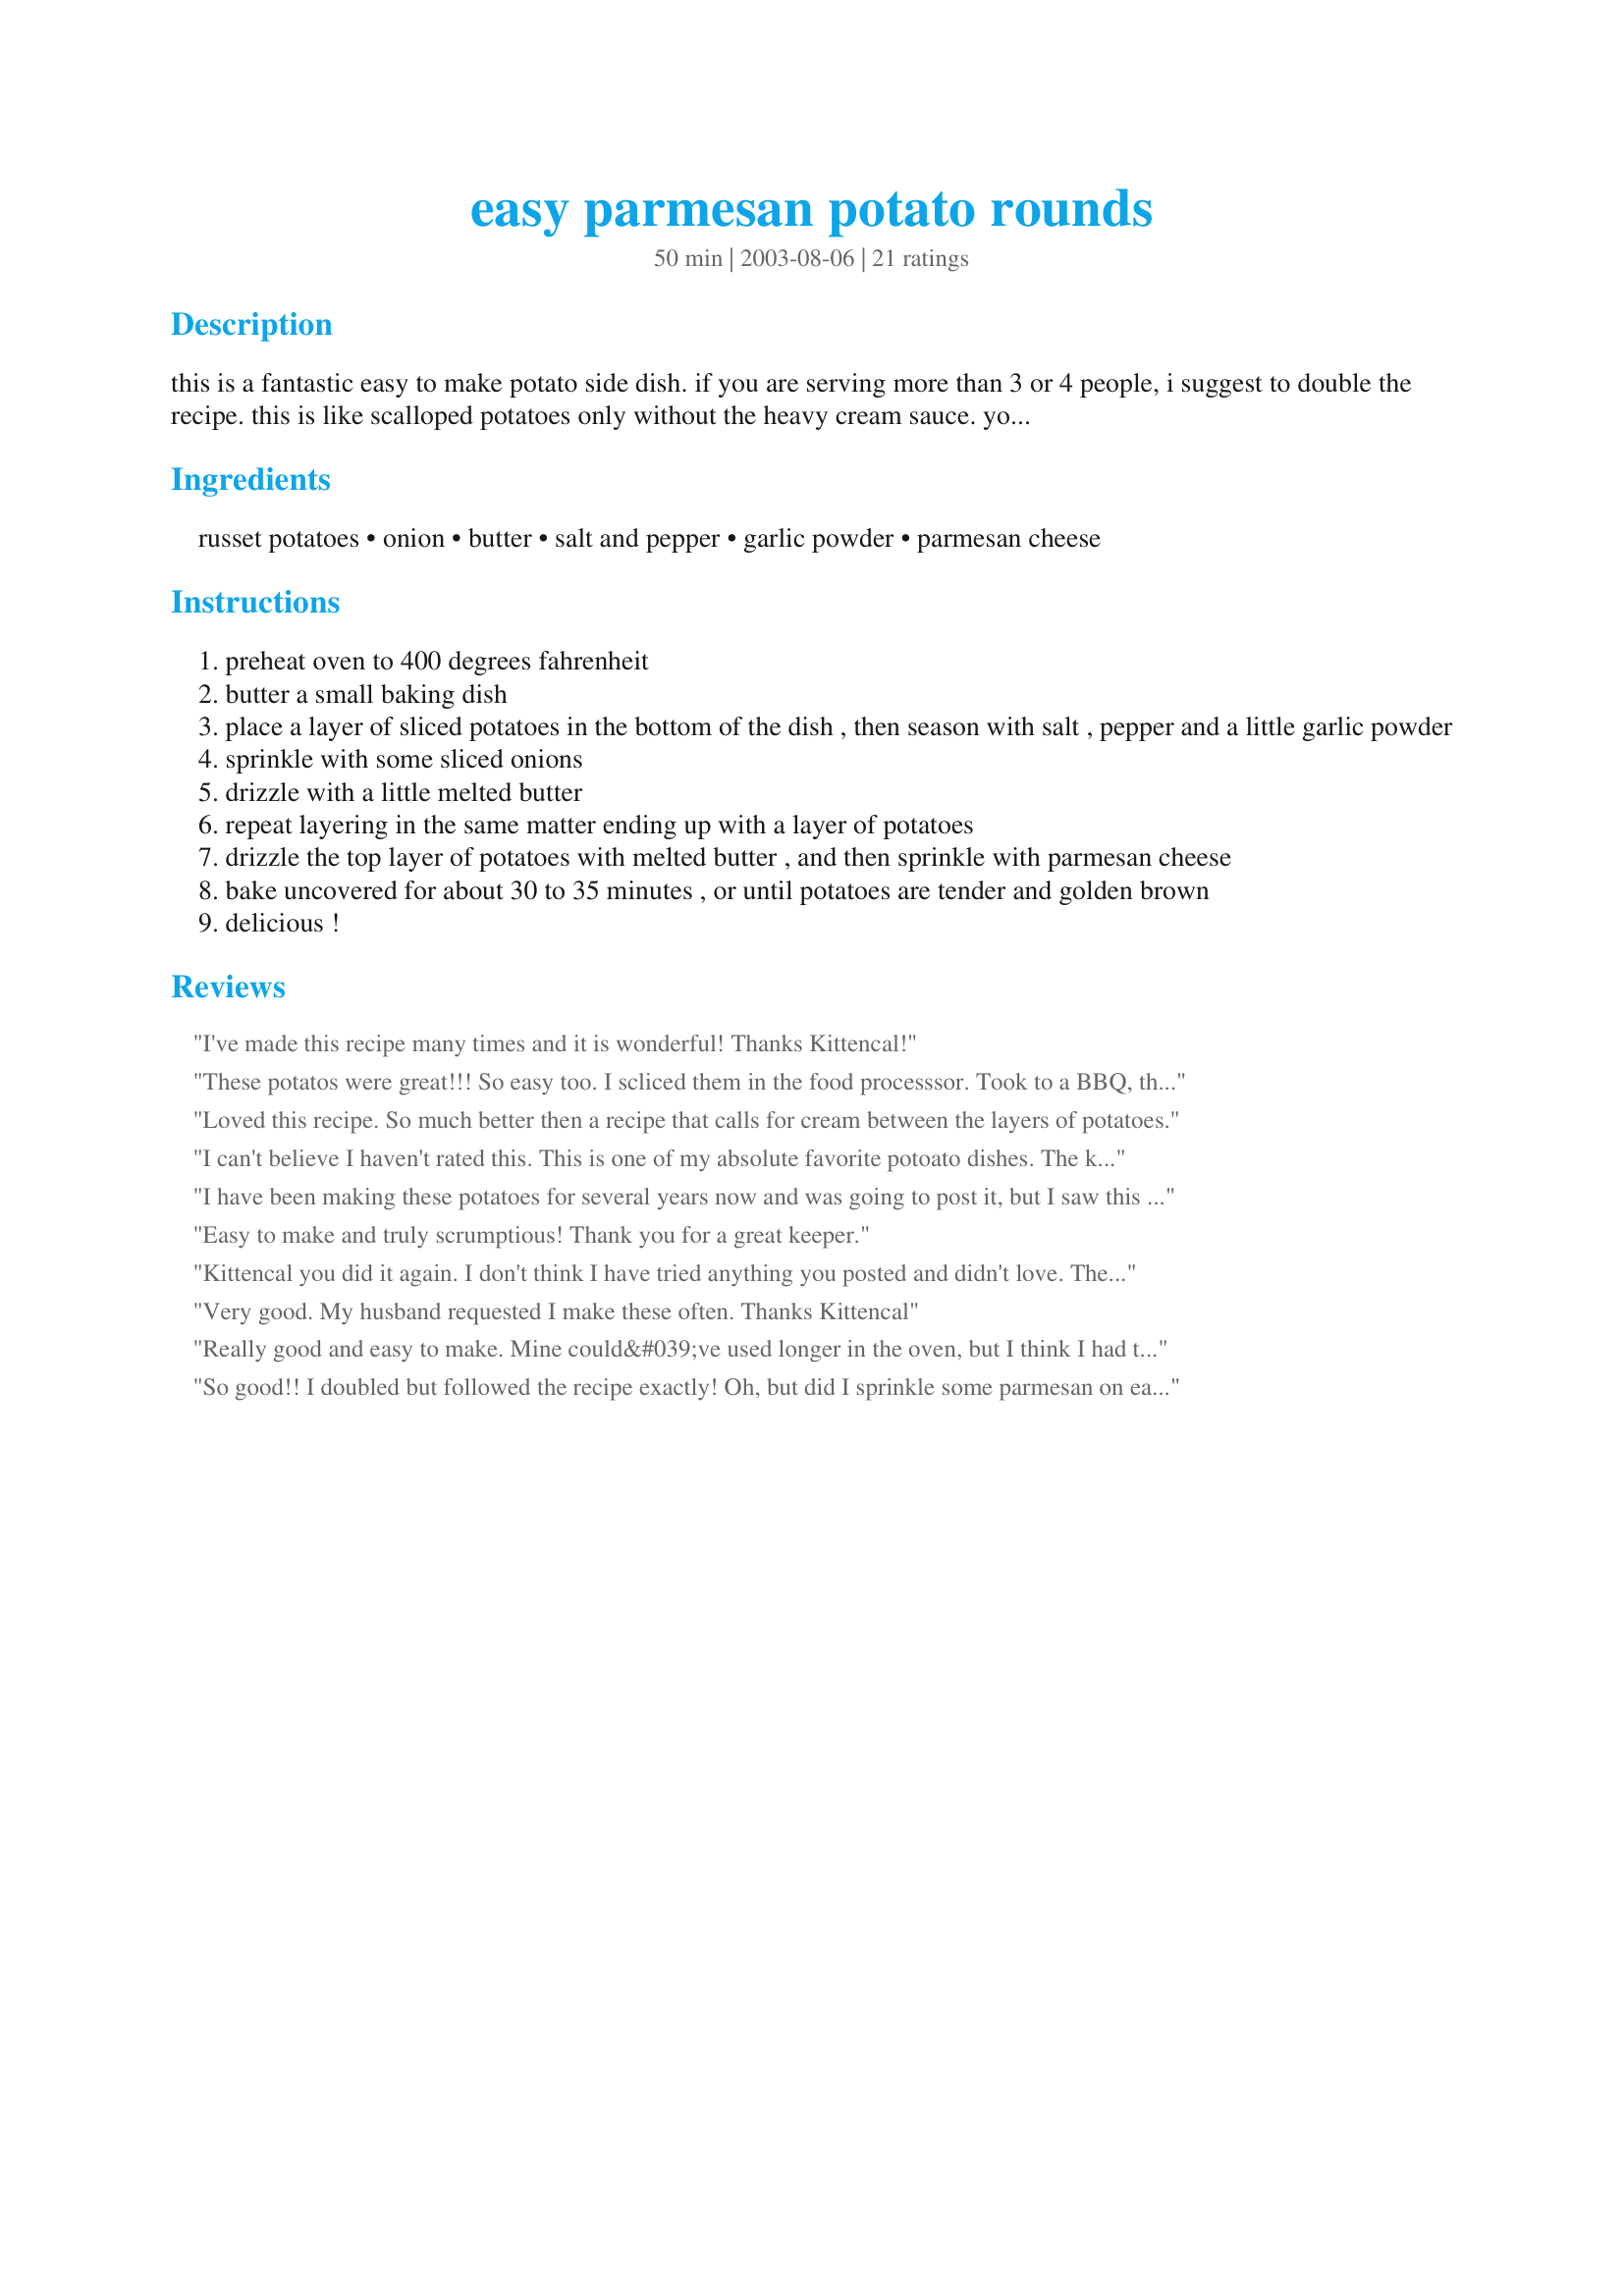
easy parmesan potato rounds
Preparation time: 50 minutes

this is a fantastic easy to make potato side dish. if you are serving more than 3 or 4 people, i suggest to double the recipe. this is like scalloped potatoes only without the heavy cream sauce. you can even sprinkle the cheese in between the layering if desired. you will be making this all the time, it is so good! i like the crispy potatoes on the top lol! please adjust all ingredients to taste.

Ingredients:
russet potatoes, onion, butter, salt and pepper, garlic powder, parmesan cheese

Steps:
preheat oven to 400 degrees fahrenheit
butter a small baking dish
place a layer of sliced potatoes in the bottom of the dish , then season with salt , pepper and a little garlic powder
sprinkle with some sliced onions
drizzle with a little melted butter
repeat layering in the same matter ending up with a layer of potatoes
drizzle the top layer of potatoes with melted butter , and then sprinkle with parmesan cheese
bake uncovered for about 30 to 35 minutes , or until potatoes are tender and golden brown
delicious !

Reviews:
I've made this recipe many times and it is wonderful! Thanks Kittencal!
These potatos were great!!! So easy too. I scliced them in the food processsor. Took to a BBQ, they were gone in no time at all. Thanks so much for posting.

Gibblet
Loved this recipe. So much better then a recipe that calls for cream between the layers of potatoes.
I can't believe I haven't rated this. This is one of my absolute favorite potoato dishes. The kids love it and it's very easy. I am adding it to my Valentines Menu.
I have been making these potatoes for several years now and was going to post it, but I saw this one by Kitten. The only thing I do differently is use Yukon Gold potatoes because those are my favorite. They are a favorite side dish in my house. Thanks for posting.
Easy to make and truly scrumptious! Thank you for a great keeper.
Kittencal you did it again. I don't think I have tried anything you posted and didn't love. These were perfect. My husband isn't much into scalloped potatoes so he really enjoyed these. Will make again and again. Thanks for posting.

ChefRaylene
Very good. My husband requested I make these often. Thanks Kittencal
Really good and easy to make. Mine could&#039;ve used longer in the oven, but I think I had them on the wrong shelf.
So good!! I doubled but followed the recipe exactly! Oh, but did I sprinkle some parmesan on each layer. There was nothing left, I mean nothing! So easy to make, not at all heavy and a welcomed addition to my potluck cookbook! Another fantastic recipe Kittencal, thank you!
My DH and I both enjoyed these potatoes! I halved the recipe and used seasoning salt. Great side dish! Thanks!
YUM!!! These were very tasty, but I don't think they are any better for you than scalloped potatoes considering al the butter. I too think I will layer the parmesan along with the rest, as it is very tasty! Thanks. This is definitely a keeper.
Very good potatoes! Mine took a little longer to cook but I cut them pretty thick...A nice side dish.
Nice potatoe dish! I made this and put into a 7x7 dish, layering the potatoes twice and onions once. The best part was the potatoes on the top and the ones on the bottom. Next time I will make in a bigger dish so there are more tops and bottoms. Still this was a very good dish, that I will fix again. Next time I am going to play around with less butter and maybe using chicken broth with only butter on top. I will fix this again, thank you Carol for posting this easy and tastey potatoe dish.
The kids loved this recipe. Will make often.
I agree with Always in the kitchen Connie, anything KITTENCAL posts is a winning recipe, and this is another one! This is a really good potato dish, almost like scalloped potatoes but without all the cream sauce, if someone is looking for an easy and good potato dish this is one, so easy to make make too. thank you for posting this easy potato dish.
These were pretty good. The only thing I would say is that maybe it could use a little more seasoning. Just a tad bland, but still pretty good. Might also be good with some other cheeses! Thanks for sharing.
Ahhh this really hit the spot. This dish is a GREAT alternative to the usual heavy cream sauce that ususally accompanies potato rounds yet it does not compromise flavor at all. Great recipe, Kittencal. You did it again....ANOTHER great recipe. Thanks for sharing.
A great potato dish Kittencal, as DH was eating it he said it tastes almost like scalloped potatoes, his favourite potato dish! Personally, I liked it better!
This made a great side dish to Bev's Barbeque Meatloaf! I just used a square baking dish and it was just enough to have a dinner plus one night of leftovers. The topping that gets sprinkled on is so good so next time I might try making a little extra and putting it on the first layer of potatoes and on the top. Yum!
Anything Kittencal posts, is worth a try. These potatoes were so good. I usually make them exactly the same, but on the grill in foil. These were better, and I didn't have to worry about uneven cooking or burning. Might be my oven, but had to cook almost 50 minutes. I sprinkled the first layer with the seasonings, and cheese, as well as the top, and cheated and poured a little bit more melted butter over the top, as they were baking. Was scraping the brown ones off the sides of the pan.
